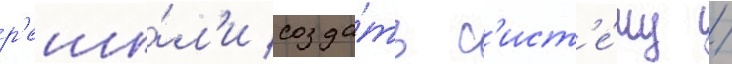
р'еши́л'и созда́ть с'ист'е́му /